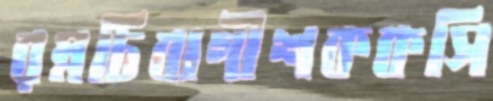
রম্নচিবাগীশককসি